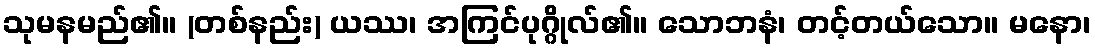
သုမနမည်၏။ (တစ်နည်း) ယဿ၊ အကြင်ပုဂ္ဂိုလ်၏။ သောဘနံ၊ တင့်တယ်သော။ မနော၊